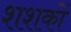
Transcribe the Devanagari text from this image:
शशकों